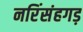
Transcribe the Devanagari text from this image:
नरिंसंहगड़